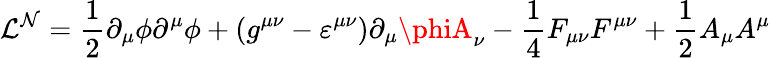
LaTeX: {\cal{L}}^{\mathcal{N}}=\frac{{1}}{{2}}\partial_{\mu}\phi\partial^{\mu}\phi+(g^{\mu\nu}-\varepsilon^{\mu\nu})\partial_{\mu}\phiA_{\nu}-\frac{{1}}{{4}}F_{\mu\nu}F^{\mu\nu}+\frac{{1}}{{2}}A_{\mu}A^{\mu}